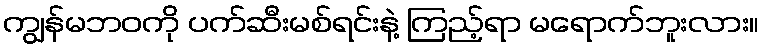
ကျွန်မဘဝကို ပက်ဆီးမစ်ရင်းနဲ့ ကြည့်ရာ မရောက်ဘူးလား။